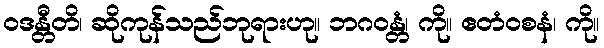
ဝဒန္တီတိ၊ ဆိုကုန်သည်ဘုရားဟု။ ဘဂဝန္တံ၊ ကို။ ဧတံဝစနံ၊ ကို။